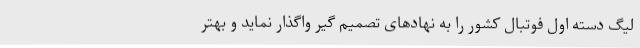
لیگ دسته اول فوتبال کشور را به نهادهای تصمیم گیر واگذار نماید و بهتر